Laidoner,_Johan, lk 109
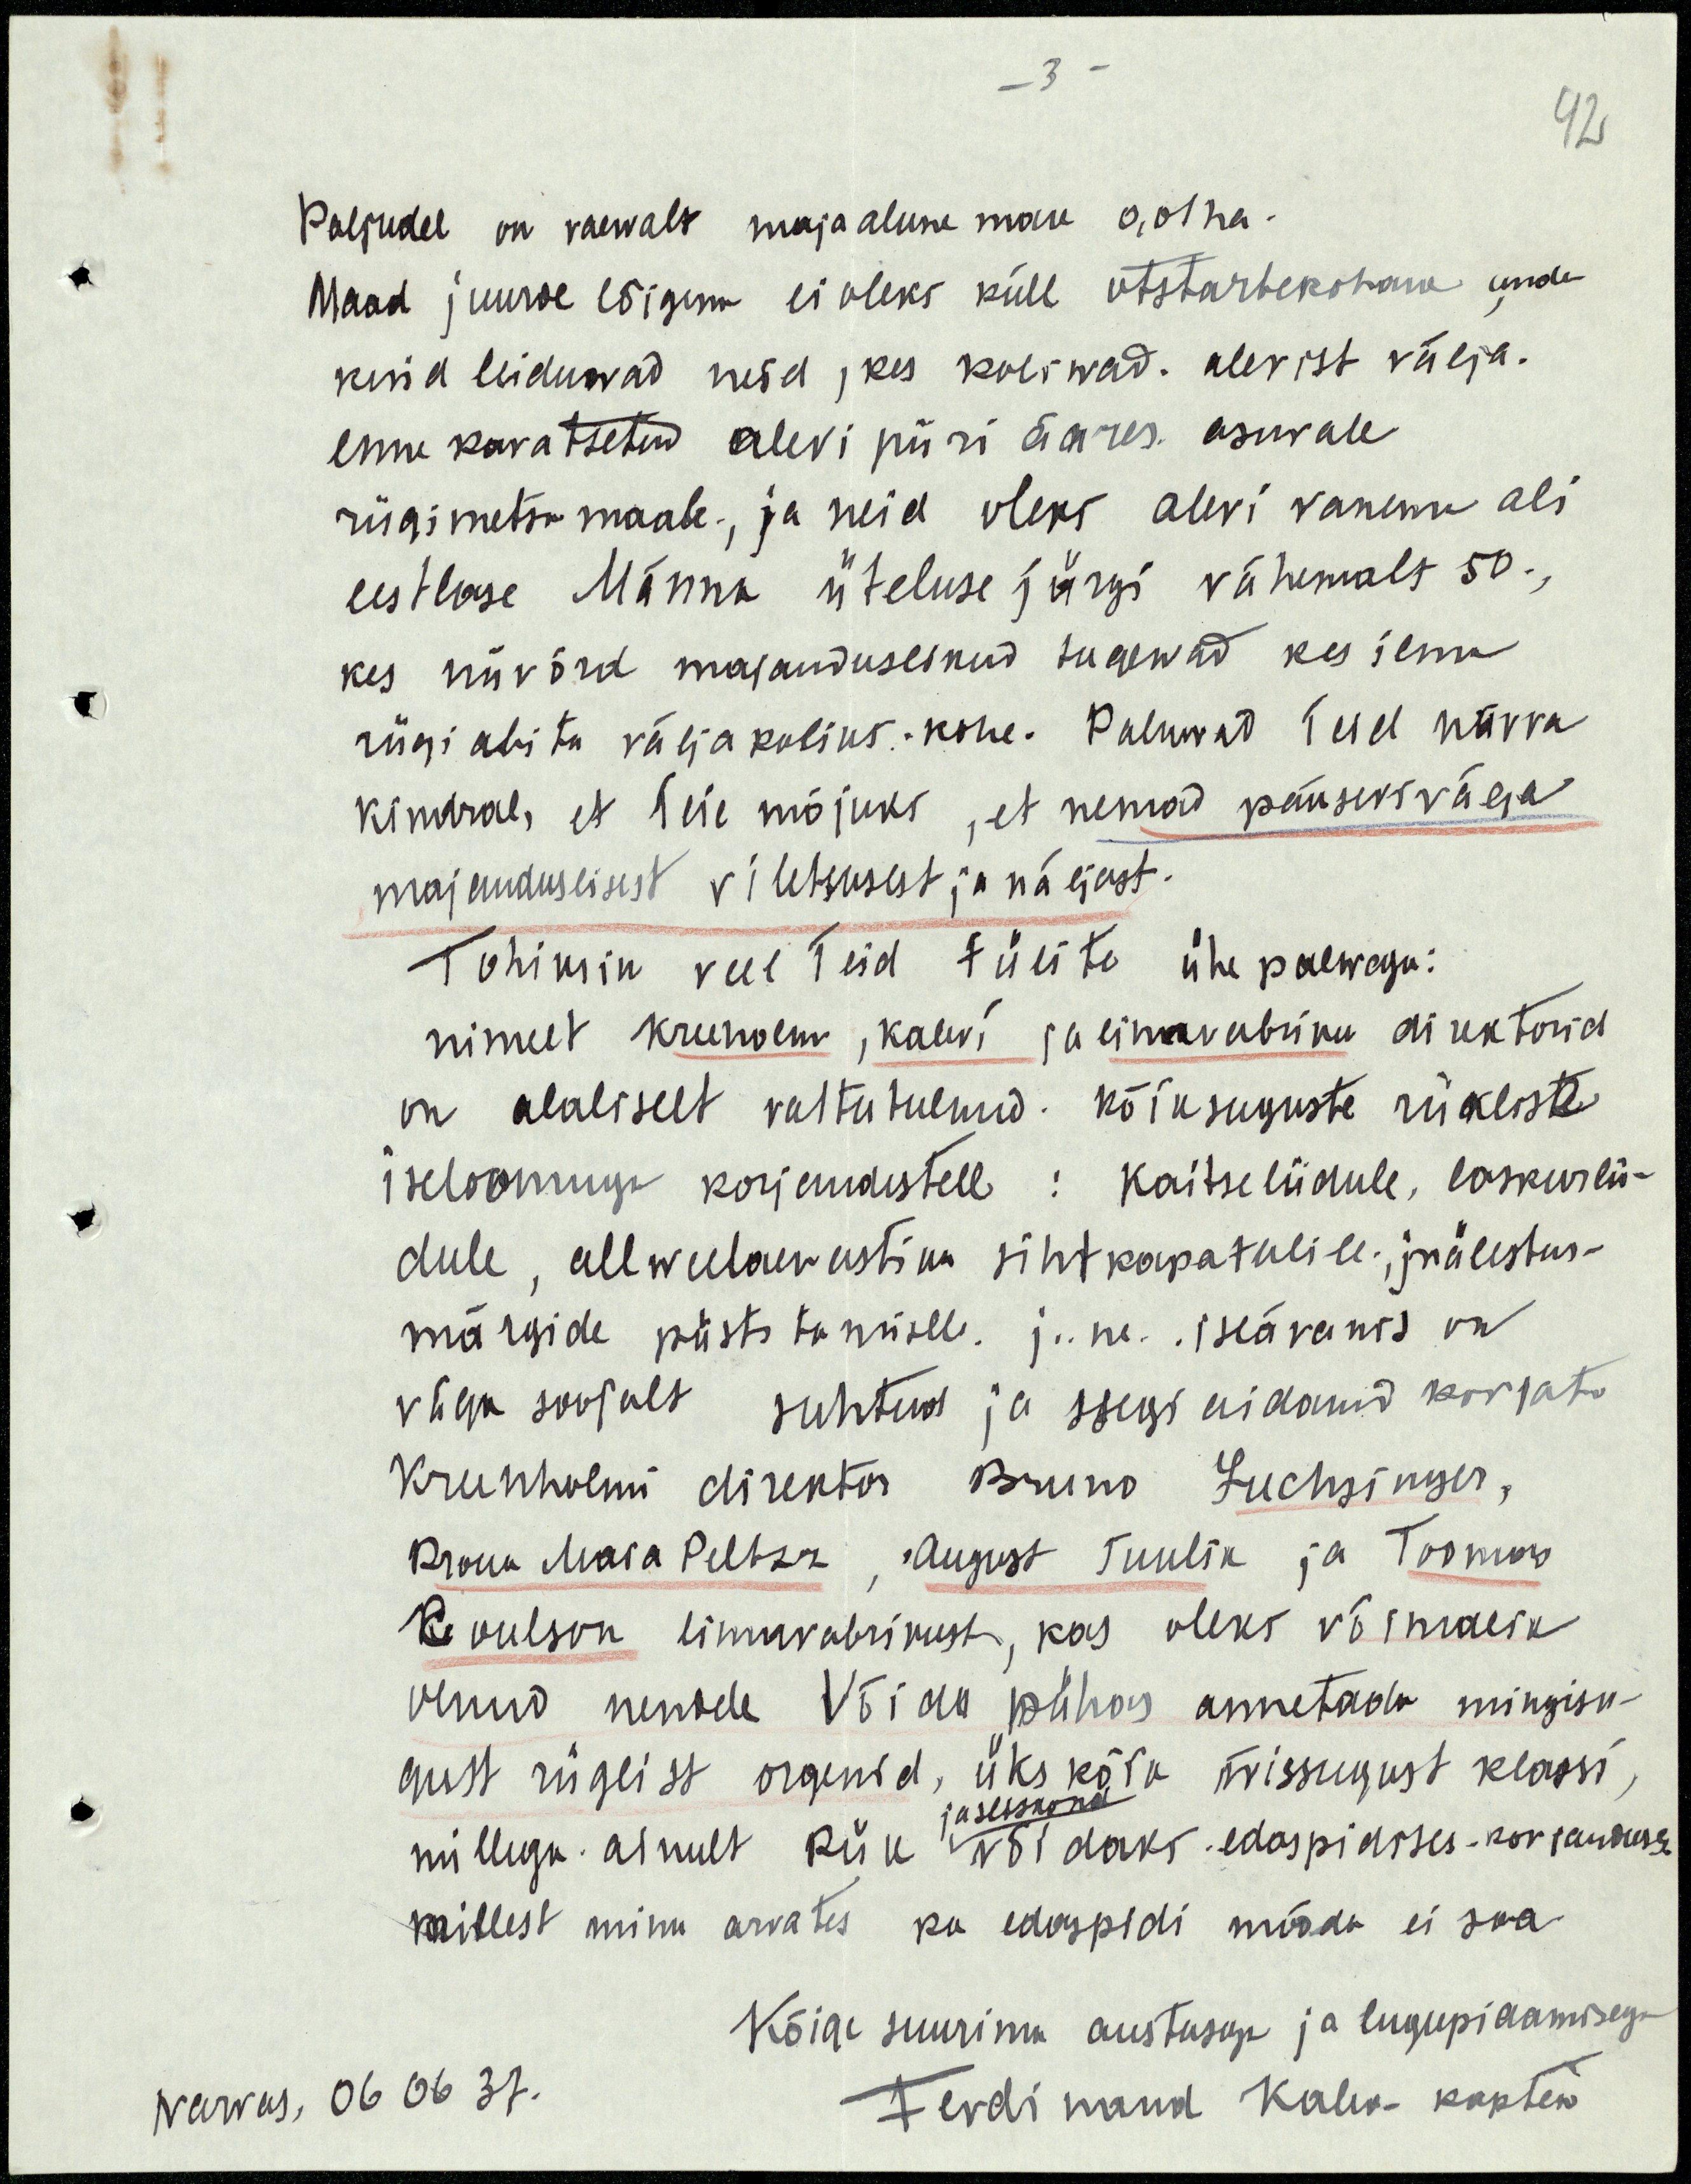
-3-
92
Paljudel on vaewalt majaalune maa 0,01 ha.
Maad juurde lõigem ei oleks küll otstarbekohane anda
kuid leiduvad neid, kes koliwad. alevist välja.
enne kavatsetud alevi piiri ääres asuvale
riigimetsa maale, ja neid oleks alevi vanema abi
eestlase Männa üteluse järgi vähemalt 50.,
kes niivõrd majanduslikud tugewad kes ilma
riigi abita väljakoliks. kohe. Paluwad Teid härra
kindral, et Teie mõjuks, et nemad pääseks välja
majanduslisest viletsusest ja näljast.
Tohiksin veel Teid tülite ühe palwega:
nimelt Kreenolm, Kalevi ja linavabriku direktorid
on alaliselt vastu tulnud: kõiksuguste riikliste
iseloomuga korjandustele: kaitseliidule, laskurlii-
dule, allweelaevastiku sihtkapatulile; mälestus-
märgide püstitamisele. j.ne. Iseäranis on
väga soojalt suhtud ja isegi aidanud korjata
Kreenholmi direktor Bruno Fuchsinger,
Proua Maia Peltsa, August Tuulik ja Toomas
Koolson linnavabrikust, kas oleks võimalik
olnud nende Võidu pühas annetada mingisu-
gust riiglist orgenid, üks kõik missugust klassi,
jasekskond
millega ainult riik võidaks edaspidises korjanduses.
millest minu arvates ka edaspidi mööda ei saa.
Kõige suurima austusega ja lugupidamisega
Narvas, 06 06 37.
Ferdinand Kalev kapten